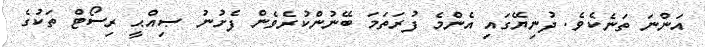
އަންނަ ތަނެކެވެ. ދުނިޔޭގައި އެންމެ ފުރަތަމަ ބޭނުންކުރެވެން ފެށުނު ޞިއްޙީ ރިސޯޓް ތަކުގެ